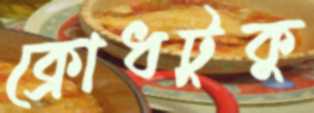
ক্রোধটুকু